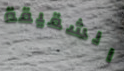
الشقيقة